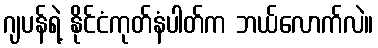
ဂျပန်ရဲ့ နိုင်ငံကုတ်နံပါတ်က ဘယ်လောက်လဲ။